Code of medical and sanitary regulations for the guidance of medical officers serving in the Madras Presidency - Volume II
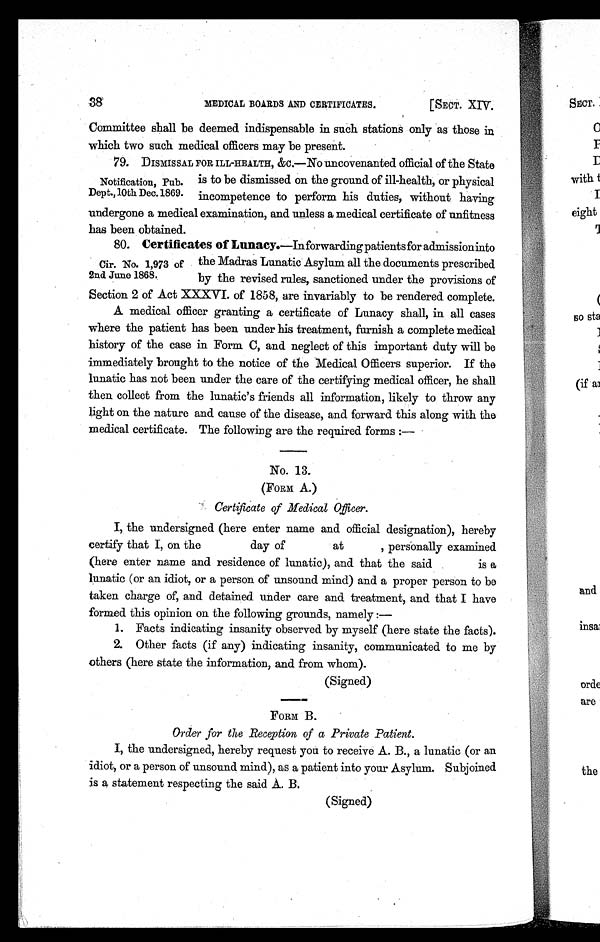
MEDICAL BOARDS AND CERTIFICATES.
[SECT. XIV.
38
Committee shall be deemed indispensable in such stations only as those in
which two such medical officers may be present.
79. DISMIS SAL FOR ILL-HEALTH, &c.—No uncovenanted official of the State
is to be dismissed on the ground of ill-health, or physical
incompetence to perform his duties, without having
undergone a medical examination, and unless a medical certificate of unfitness
has been obtained.
80. Certificates of Lunacy.—In forwarding patients for admission into
the Madras Lunatic Asylum all the documents prescribed
by the revised rules, sanctioned under the provisions of
Section 2 of Act XXXVI. of 1858, are invariably to be rendered complete.
A medical officer granting a certificate of Lunacy shall, in all cases
where the patient has been under his treatment, furnish a complete medical
history of the case in Form C, and neglect of this important duty will be
immediately brought to the notice of the Medical Officers superior. If the
lunatic has not been under the care of the certifying medical officer, he shall
then collect from the lunatic's friends all information, likely to throw any
light on the nature and cause of the disease, and forward this along with the
medical certificate. The following are the required forms :
—
No. 13.
(FORM A.)
Certificate of Medical Officer.
I, the undersigned (here enter name and official designation), hereby
certify that I, on the
day of
at
, personally examined
(here enter name and residence of lunatic), and that the said is a
lunatic (or an idiot, or a person of unsound mind) and a proper person to be
taken charge of, and detained under care and treatment, and that I have
formed this opinion on the following grounds, namely :—
1. Facts indicating insanity observed by myself (here state the facts).
2. Other facts (if any) indicating insanity, communicated to me by
others (here state the information, and from whom).
(Signed)
FORM B.
Order for the Reception of a Private Patient.
I, the undersigned, hereby request you to receive A. B., a lunatic (or an
idiot, or a person of unsound mind), as a patient into your Asylum. Subjoined
is a statement respecting the said A. B.
(Signed)
Notification, Pub.
Dept., 10th Dec.1869.
Cir. No. 1,973 of
2nd. June 1868.